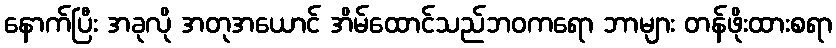
နောက်ပြီး အခုလို အတုအယောင် အိမ်ထောင်သည်ဘဝကရော ဘာများ တန်ဖိုးထားစရာ